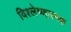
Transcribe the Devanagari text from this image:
विश्लेष्णात्मक